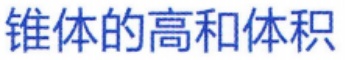
锥体的高和体积